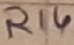
Text: R14